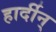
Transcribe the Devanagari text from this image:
हार्दीन्